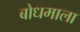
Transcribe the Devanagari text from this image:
बोधमाला